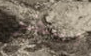
ويفر